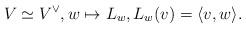
LaTeX: \begin{align*} V \simeq V^\vee, w \mapsto L_w, L_w (v) = \langle v,w \rangle. \end{align*}